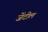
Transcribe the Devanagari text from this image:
जेंटील